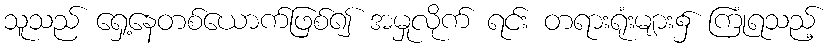
သူသည် ရှေ့နေတစ်ယောက်ဖြစ်၍ အမှုလိုက် ရင်း တရားရုံးများ၌ ကြုံရသည့်